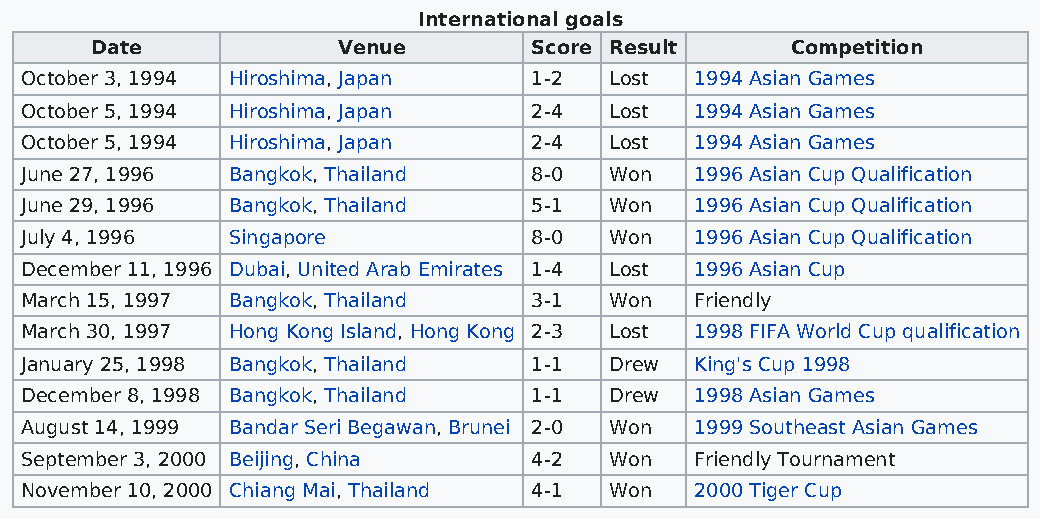
International goals
 Date            Venue        Score Result     Competition
 October 3, 1994 Hiroshima, Japan  1-2  Lost  1994 Asian Games
 October 5, 1994 Hiroshima, Japan  2-4  Lost  1994 Asian Games
 October 5, 1994 Hiroshima, Japan  2-4  Lost  1994 Asian Games
 June 27, 1996 Bangkok, Thailand   8-0  Won   1996 Asian Cup Qualification
 June 29, 1996 Bangkok, Thailand   5-1  Won   1996 Asian Cup Qualification
 July 4, 1996  Singapore           8-0  Won   1996 Asian Cup Qualification
 December 11, 1996 Dubai, United Arab Emirates 1-4 Lost 1996 Asian Cup
 March 15, 1997 Bangkok, Thailand  3-1  Won   Friendly
 March 30, 1997 Hong Kong Island, Hong Kong 2-3 Lost 1998 FIFA World Cup qualification
 January 25, 1998 Bangkok, Thailand 1-1 Drew  King's Cup 1998
 December 8, 1998 Bangkok, Thailand 1-1 Drew  1998 Asian Games
 August 14, 1999 Bandar Seri Begawan, Brunei 2-0 Won 1999 Southeast Asian Games
 September 3, 2000 Beijing, China  4-2  Won   Friendly Tournament
 November 10, 2000 Chiang Mai, Thailand 4-1 Won 2000 Tiger Cup